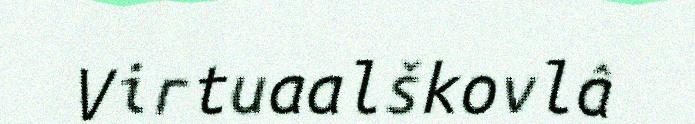
Virtuaalškovlâ